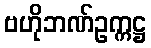
ဗဟိုဘဏ်ဥက္ကဋ္ဌ